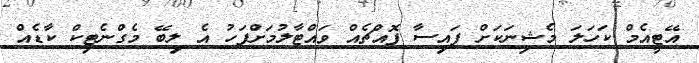
އޭޓީއެމް ކަހަލަ މެޝިނަކަށް ފައިސާ ފޮއްޗެއް ވައްޓާލުމަށްފަހު އެ ލިބޭ މެގްނެޓިކް ކާޑެއް